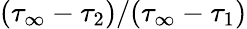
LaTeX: (\tau_{\infty}-\tau_{2})/(\tau_{\infty}-\tau_{1})